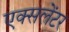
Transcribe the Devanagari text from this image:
एक्सलेंटर